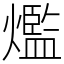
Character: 爁